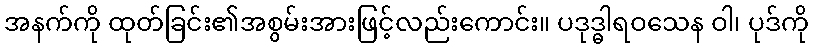
အနက်ကို ထုတ်ခြင်း၏အစွမ်းအားဖြင့်လည်းကောင်း။ ပဒုဒ္ဓါရဝသေန ဝါ၊ ပုဒ်ကို